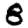
Digit: 8